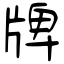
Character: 牌